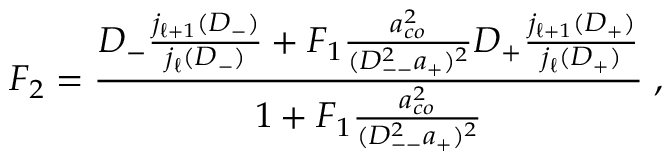
F _ { 2 } = \frac { D _ { - } \frac { j _ { \ell + 1 } ( D _ { - } ) } { j _ { \ell } ( D _ { - } ) } + F _ { 1 } \frac { a _ { c o } ^ { 2 } } { ( D _ { -- } ^ { 2 } a _ { + } ) ^ { 2 } } D _ { + } \frac { j _ { \ell + 1 } ( D _ { + } ) } { j _ { \ell } ( D _ { + } ) } } { 1 + F _ { 1 } \frac { a _ { c o } ^ { 2 } } { ( D _ { -- } ^ { 2 } a _ { + } ) ^ { 2 } } } \; ,